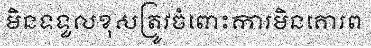
មិនទទួលខុសត្រូវចំពោះការមិនគោរព